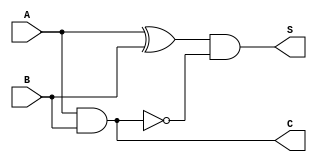
module Threshold_Half_Adder (
    input wire A,      // First binary input
    input wire B,      // Second binary input
    output wire S,     // Sum output
    output wire C      // Carry output
);

// Sum output: S = A XOR B with threshold logic
assign S = (A ^ B) & ~(A & B);  // S = A XOR B, but reset when both A and B are 1

// Carry output: C = A AND B
assign C = A & B;               // C = A AND B

endmodule